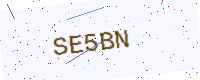
Text: SE5BN